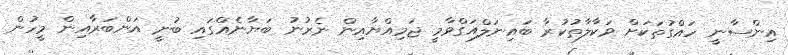
އިންސާނީ ހައްގުތަކަށް ވަކާލާތުކުރާ ބައިނަލްއަގްވާމީ ޖަމިއްޔާއިން ނެރުނު ބަޔާނެއްގައި ބުނީ އަންބަރާއިން މީހުން